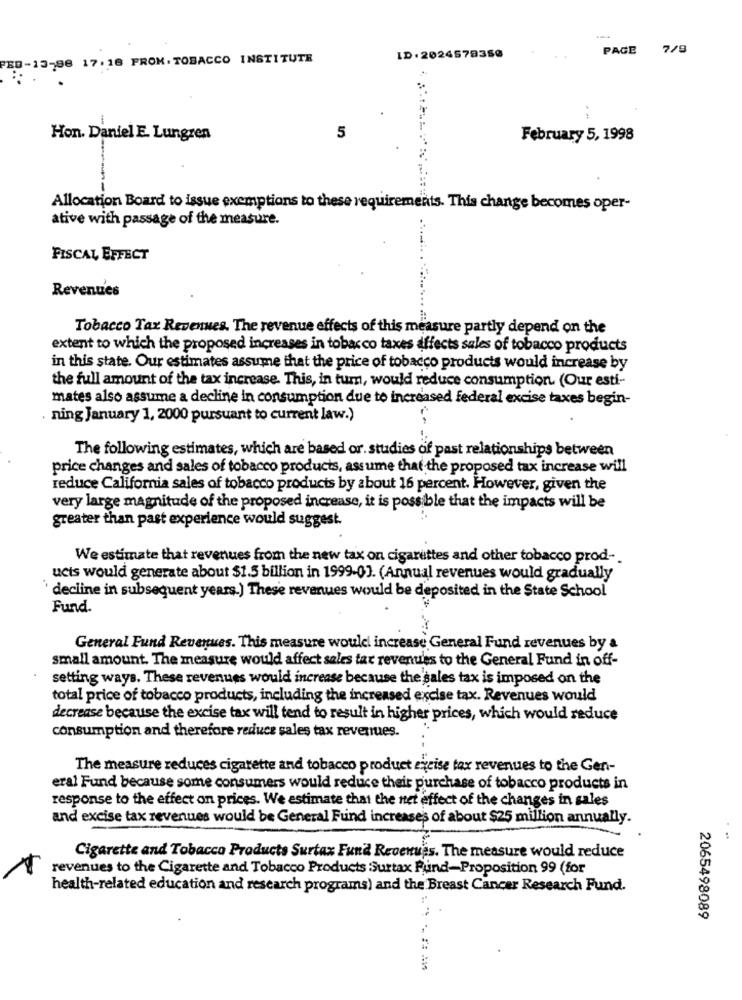
PAGE
7/9
0-13-98 17.18 FROM.TOBACCO INSTITUTE
ID: 2024579350
Hon. Daniel E. Lungren
5
February 5, 1998
Allocation Board to issue exemptions to these requirements. This change becomes oper-
ative with passage of the measure.
FISCAL EFFECT
Revenues
Tobacco Tax Revenues. The revenue effects of this measure partly depend on the
extent to which the proposed increases in tobacco taxes affects sales of tobacco products
in this state. Our estimates assume that the price of tobacco products would increase by
the full amount of the tax increase. This, in turn, would reduce consumption (Our esti-
mates also assume a decline in consumption due to increased federal excise taxes begin-
. ning January 1, 2000 pursuant to current law.)
The following estimates, which are based or. studies of past relationships between
price changes and sales of tobacco products, assume that the proposed tax increase will
reduce California sales of tobacco products by about 16 percent. However, given the
very large magnitude of the proposed increase, it is possible that the impacts will be
greater than past experience would suggest.
We estimate that revenues from the new tax on cigarettes and other tobacco prod-
ucis would generate about $1.5 billion in 1999-0]. (Annual revenues would gradually
decline in subsequent years.) These revenues would be deposited in the State School
Fund.
General Fund Revenues. This measure woulel increase General Fund revenues by a
small amount. The measure would affect sales tax revenues to the General Fund in off-
setting ways. These revenues would increase because the sales tax is imposed on the
total price of tobacco products, including the increased excise tax. Revenues would
decrease because the excise tax will tend to result in higher prices, which would reduce
consumption and therefore reduce sales tax revenues.
The measure reduces cigarette and tobacco product excise tax revenues to the Gen-
eral Fund because some consumers would reduce their purchase of tobacco products in
response to the effect on prices. We estimate that the net effect of the changes in sales
and excise tax revenues would be General Fund increase's of about $25 million annually.
Cigarette and Tobacco Products Surtax Fund Revenues. The measure would reduce
1
revenues to the Cigarette and Tobacco Products Surtax Fund-Proposition 99 (for
health-related education and research programs) and the Breast Cancer Research Fund.
2065498089